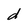
Character: d